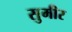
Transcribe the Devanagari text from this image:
सुमीर